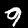
Label: 9